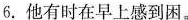
6.他有时在早上感到困。